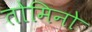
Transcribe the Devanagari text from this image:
तोमिनो